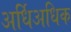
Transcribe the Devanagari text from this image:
अर्धिअधिक